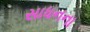
સાધનના